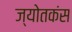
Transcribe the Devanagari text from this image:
ज्योतकंस